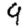
Digit: 9